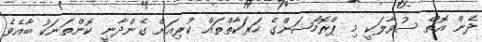
ދެން އޮތް ސުވާލަކީ މި ޕްރޮމޯޝަންގެ ހަރަކާތްތައް ކުރިއަށް ގެންދާނީ ކޮންތަނަކު ބާއެވެ